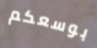
بوسعكم